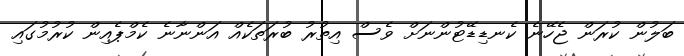
ބަލުން ކުރަން ޖެހޭނެ ކެނޑިޑޭޓުންނަށް ވެސް އިތުރު ބުރަތަކެއް އަންނާނެ ކެމްޕެއިން ކުރުމުގައި